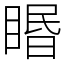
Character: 䁕